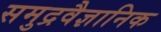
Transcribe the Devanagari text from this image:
समुद्रवैज्ञानिक